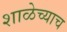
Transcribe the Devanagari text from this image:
शाळेच्याच